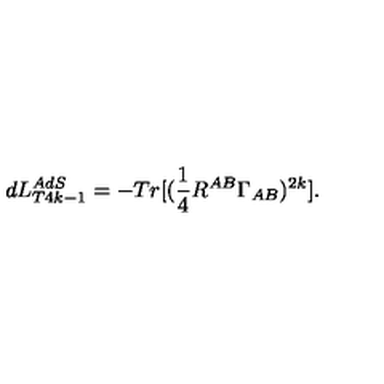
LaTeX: d L _ { T 4 k - 1 } ^ { A d S } = - T r [ ( \frac { 1 } { 4 } R ^ { A B } \Gamma _ { A B } ) ^ { 2 k } ] .